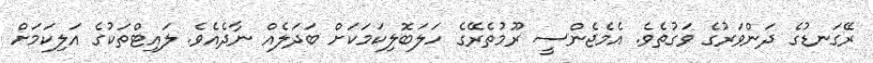
ރޭގަނޑުގެ ދަންވަރުގެ ވަގުތެވެ. އެމެޖެންސީ ރޫމުތެރޭގެ ހަލަބޮލިކަމަކަށް ބަދަލެއް ނާދެއެވެ. ލައިޓްތަކުގެ އަލިކަަމަށް